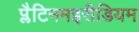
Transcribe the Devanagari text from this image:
प्लैटिनमइरीडियम